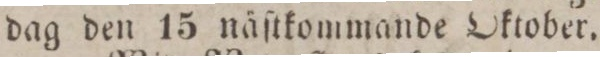
dag den 15 näſtkommande Oktober.